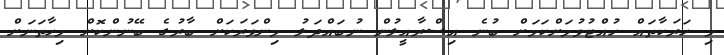
މި ހަރަކާތައް ހުއްޓުވުމަށްކަމަށް ބުނެ އިސްރާއީލުން ނުބައްދަލު މިންވަރަކަށް ބާރުގެ ބޭނުންކޮށް މިހާތަނަށް